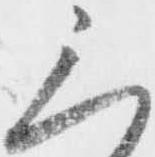
三